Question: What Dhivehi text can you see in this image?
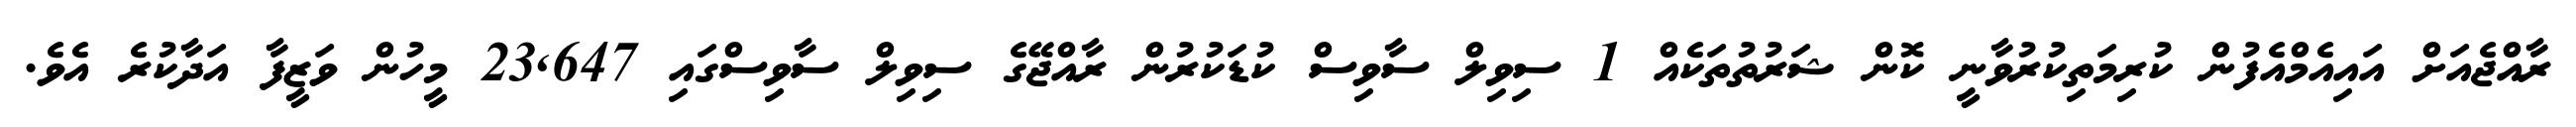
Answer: ރާއްޖެއަށް އައިއެމްއެފުން ކުރިމަތިކުރުވާނީ ކޮން ޝަރުތުތަކެއް 1 ސިވިލް ސާވިސް ކުޑަކުރުން ރާއްޖޭގެ ސިވިލް ސާވިސްގައި 23,647 މީހުން ވަޒީފާ އަދާކުރެ އެވެ.